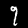
Label: 9